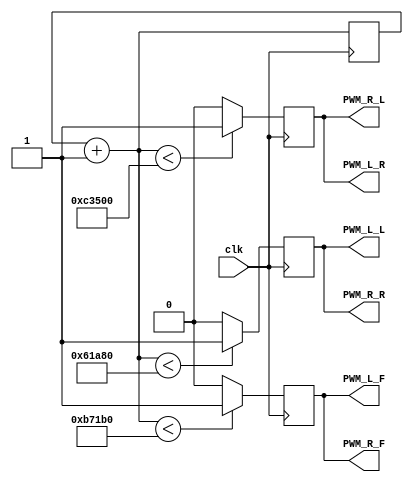
module PWM_Generator_Find(
    input clk,
    output PWM_R_F, PWM_L_F,
    output PWM_R_R, PWM_L_R,
    output PWM_R_L, PWM_L_L
);
    reg PWM_R_F_out =0;
    reg PWM_L_F_out =0;
    reg PWM_R_R_out =0;
    reg PWM_L_R_out =0;
    reg PWM_R_L_out =0;
    reg PWM_L_L_out =0;
    // copy paste and comment to switch the PWM values on the fly
    // 75 40 and 80 in place rn
    //reg [19:0] width_25 = 20'd250000;
    //reg [19:0] width_30 = 20'd300000;
    //reg [19:0] width_35 = 20'd350000;
    reg [19:0] width_40 = 20'd400000;
    //reg [19:0] width_45 = 20'd450000;
    //reg [19:0] width_50 = 20'd500000;         // Pulse Width
    //reg [19:0] width_55 = 20'd550000;
    //reg [19:0] width_60 = 20'd600000;
    //reg [19:0] width_65 = 20'd650000;
    //reg [19:0] width_70 = 20'd700000;         // Pulse Width
    reg [19:0] width_75 = 20'd750000;
    reg [19:0] width_80 = 20'd800000;
    //reg [19:0] width_85 = 20'd850000;
    //reg [19:0] width_90 = 20'd900000;
    //reg [19:0] width_95 = 20'd950000;
    
    reg [19:0] count = 0;

    always@(posedge clk) begin

        count = count + 1;
        
        
        if(count < width_75) begin
            PWM_R_F_out = 1;
        end
        else begin
            PWM_R_F_out = 0;
        end
        
        
        
        if(count < width_75) begin
            PWM_L_F_out = 1;
        end
        else begin
            PWM_L_F_out = 0;
        end
        
        
        
        if(count < width_40) begin
            PWM_R_R_out = 1;
        end
        else begin
            PWM_R_R_out = 0;
        end
        
        
             
        if(count < width_80) begin
            PWM_L_R_out = 1;
        end
        else begin
            PWM_L_R_out = 0;
        end
        
        
        
        if(count < width_80) begin
            PWM_R_L_out = 1;
        end
        else begin
            PWM_R_L_out = 0;
        end
        
        
        
        if(count < width_40) begin
            PWM_L_L_out = 1;
        end
        else begin
            PWM_L_L_out = 0;
        end
       
        
        
end

        assign PWM_R_F = PWM_R_F_out;
        assign PWM_L_F = PWM_L_F_out;
        assign PWM_R_R = PWM_R_R_out;
        assign PWM_L_R = PWM_L_R_out;
        assign PWM_R_L = PWM_R_L_out;
        assign PWM_L_L = PWM_L_L_out;

endmodule